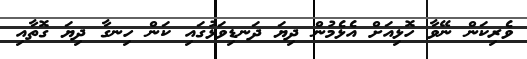
ވެރިކަން ނޭވާ ހޮޅިއަށް އެޅެމުން ދިޔަ ދަނޑިވަޅުގައި ކަން ހިނގާ ދިޔަ ގޮތާއި